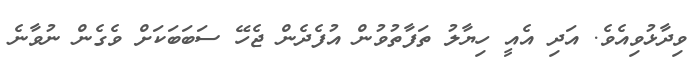
ވިދާޅުވިއެވެ. އަދި އެއީ ހިޔާލު ތަފާތުވުން އުފެދެން ޖެހޭ ސަބަބަކަށް ވެގެން ނުވާނެ